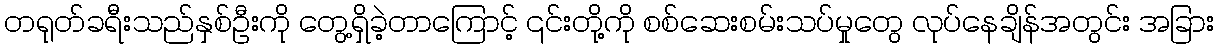
တရုတ်ခရီးသည်နှစ်ဦးကို တွေ့ရှိခဲ့တာကြောင့် ၎င်းတို့ကို စစ်ဆေးစမ်းသပ်မှုတွေ လုပ်နေချိန်အတွင်း အခြား